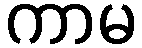
ကာမ